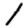
Digit: 1